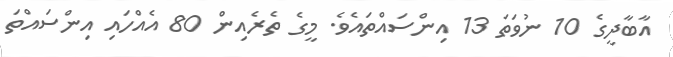
އާބާދީގެ 10 ނުވަތަ 13 އިންސައްތައެވެ. މީގެ ތެރެއިން 80 އެއްހައި އިންސައްތަ